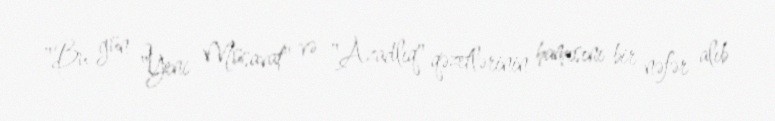
"Bu gün "Yeni Müsavat" və "Azadlıq" qəzetlərinin hamısını bir nəfər alıb